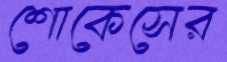
শোকেসের